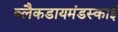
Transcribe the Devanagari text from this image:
ब्लैकडायमंडस्काई